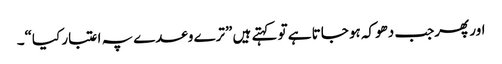
اور پھرجب دھوکہ ہو جاتا ہے تو کہتے ہیں ”ترے وعدے پہ اعتبار کیا“۔